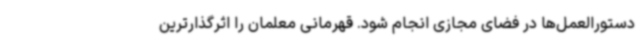
دستورالعمل‌ها در فضای مجازی انجام شود. قهرمانی معلمان را اثرگذارترین